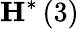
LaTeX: \mathbf{H}^{*}\left(3\right)